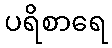
ပရိစာရေ